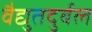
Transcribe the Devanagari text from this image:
वैद्युतदुर्बल